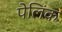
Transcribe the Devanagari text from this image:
पेलिंक